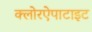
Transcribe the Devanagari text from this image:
क्लोरऐपाटाइट